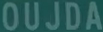
OÜJDA